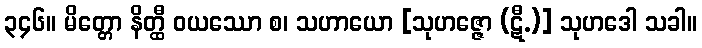
၃၄၆။ မိတ္တော နိတ္ထီ ဝယဿော စ၊ သဟာယော [သုဟဇ္ဇော (ဋီ.)] သုဟဒေါ သခါ။